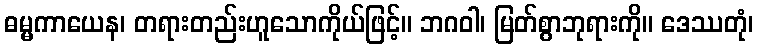
ဓမ္မကာယေန၊ တရားတည်းဟူသောကိုယ်ဖြင့်။ ဘဂဝါ၊ မြတ်စွာဘုရားကို။ ဒေဿတုံ၊